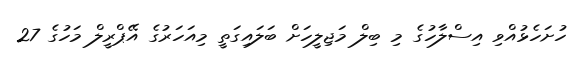
ހުށަހެޅުއްވި އިސްލާހުގެ މި ބިލް މަޖިލީހަށް ބަލައިގަތީ މިއަހަރުގެ އޭޕްރީލް މަހުގެ 27